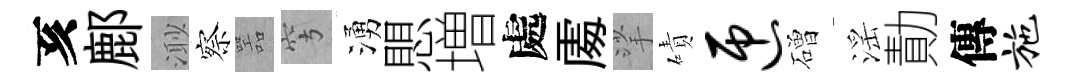
亥鄜𣺌察噐穹湧愳増處𠁅挲磧匝磳滛勣傳施